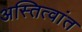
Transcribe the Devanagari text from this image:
अस्तित्वांत